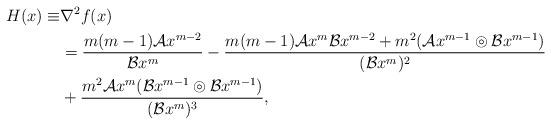
LaTeX: \begin{align*}H(x)\equiv & \nabla^2 f(x)\\&=\frac{m(m-1)\mathcal{A}x^{m-2}}{\mathcal{B}x^m}-\frac{m(m-1)\mathcal{A}x^m\mathcal{B}x^{m-2}+m^2(\mathcal{A}x^{m-1}\circledcirc\mathcal{B}x^{m-1})}{(\mathcal{B}x^m)^2}\\&+\frac{m^2\mathcal{A}x^m(\mathcal{B}x^{m-1}\circledcirc\mathcal{B}x^{m-1})}{(\mathcal{B}x^m)^3},\end{align*}